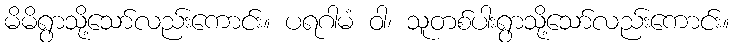
မိမိရွာသို့သော်လည်းကောင်း။ ပရဂါမံ ဝါ၊ သူတစ်ပါးရွာသို့သော်လည်းကောင်း။